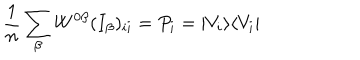
\frac { 1 } { n } \sum _ { \beta } W ^ { 0 \beta } ( I _ { \beta } ) _ { i i } = P _ { i } = | V _ { i } \rangle \langle V _ { i } |